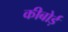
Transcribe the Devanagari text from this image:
कीबोर्ड़